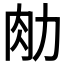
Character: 𰮂